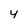
Character: Y